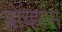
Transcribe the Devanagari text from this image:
प्रोव्हांस